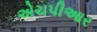
એચપીઆર